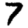
Digit: 7